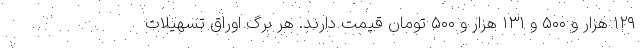
۱۲۹ هزار و ۵۰۰ و ۱۳۱ هزار و ۵۰۰ تومان قیمت دارند. هر برگ اوراق تسهیلات